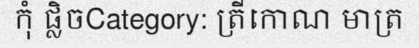
កុំ ផ្លិចCategory: ត្រីកោណ មាត្រ